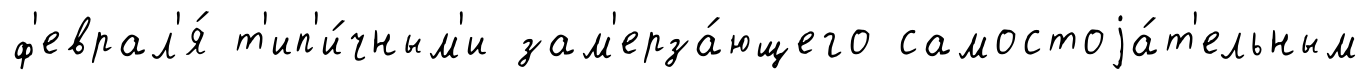
ф'еврал'я́ т'ип'и́чным'и зам'ерза́ющего самостоjа́т'ельным